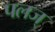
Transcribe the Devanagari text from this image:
पलज्